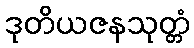
ဒုတိယဇနသုတ္တံ